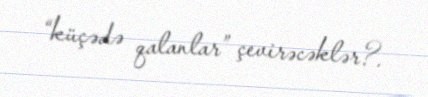
“küçədə qalanlar” çevirəcəklər?.